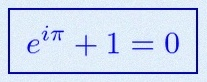
e^{i\pi}+1=0